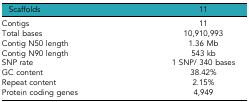
<table><thead><tr><td><b>Scaffolds</b></td><td><b>11</b></td></tr></thead><tbody><tr><td>Contigs</td><td>11</td></tr><tr><td>Total bases</td><td>10,910,993</td></tr><tr><td>Contig N50 length</td><td>1.36 Mb</td></tr><tr><td>Contig N90 length</td><td>543 kb</td></tr><tr><td>SNP rate</td><td>1 SNP/ 340 bases</td></tr><tr><td>GC content</td><td>38.42%</td></tr><tr><td>Repeat content</td><td>2.15%</td></tr><tr><td>Protein coding genes</td><td>4,949</td></tr></tbody></table>